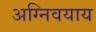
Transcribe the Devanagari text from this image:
अग्निवयाय